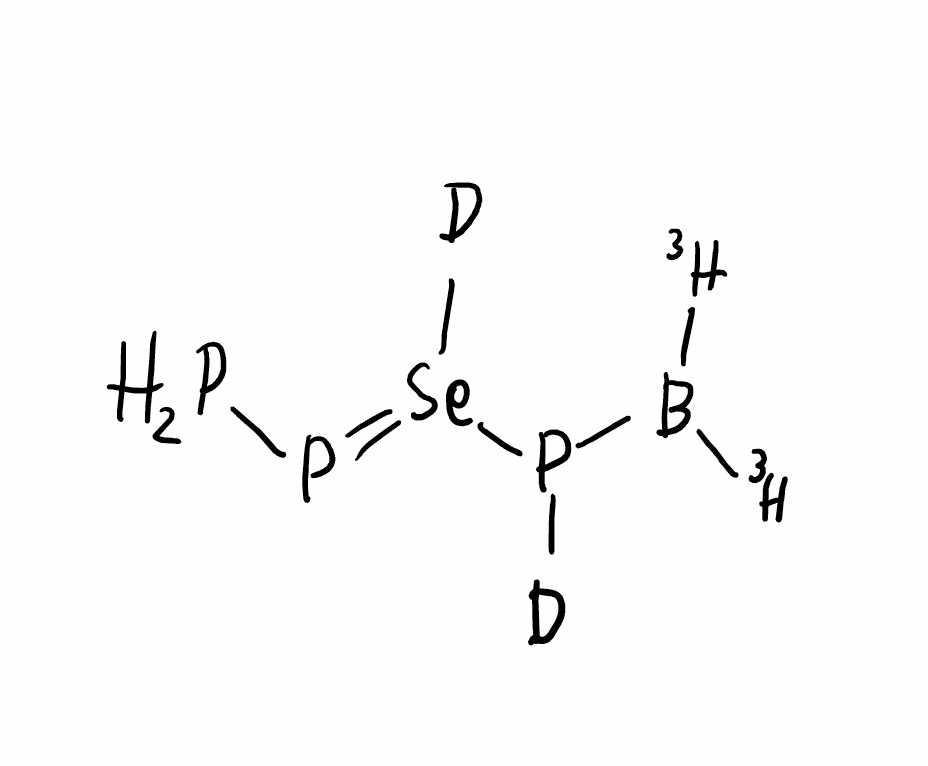
Simplified molecular-input line-entry system (SMILES) notation of the given molecule:
[2H]P(B([3H])[3H])[Se](=PP)[2H]